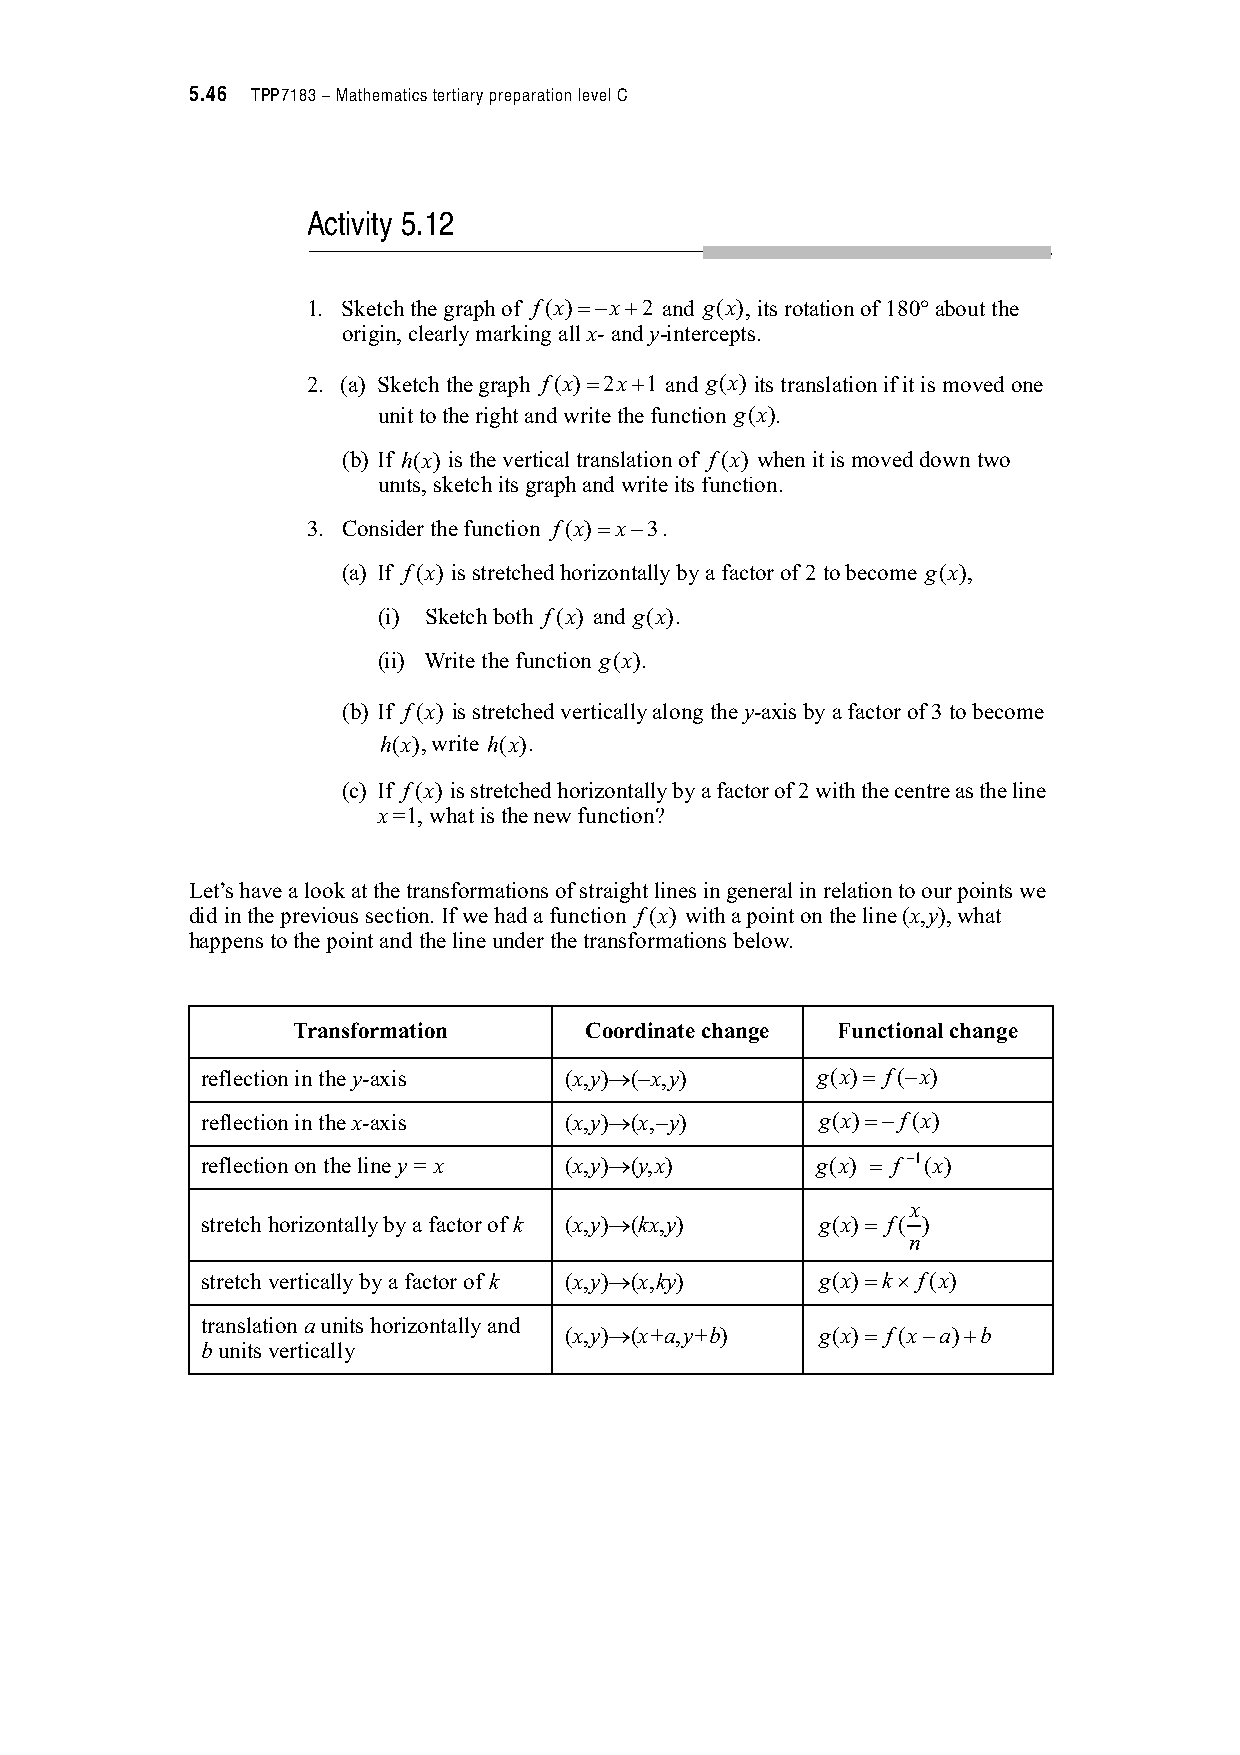
5.46 TPP7183 – Mathematics tertiary preparation level C
 Activity 5.12
 1. Sketch the graph of f(x)" x#2 and g(x), its rotation of 180!*about the
 origin, clearly marking all x- and y-intercepts.
 2. (a) Sketch the graph f(x)"2x#1 and g(x) its translation if it is moved one
 unit to the right and write the function g(x).
 (b) If h(x) is the vertical translation of f(x) when it is moved down two
 units, sketch its graph and write its function.
 3. Consider the function f(x)"x 3 .
 (a) If f(x) is stretched horizontally by a factor of 2 to become g(x),
 (i) Sketch both f(x) and g(x).
 (ii) Write the function g(x).
 (b) If f(x) is stretched vertically along the y-axis by a factor of 3 to become
 h(x), write h(x).
 (c) If f(x) is stretched horizontally by a factor of 2 with the centre as the line
 x =1, what is the new function?
 Let’s have a look at the transformations of straight lines in general in relation to our points we
 did in the previous section. If we had a function f(x) with a point on the line (x,y), what
 happens to the point and the line under the transformations below.
 Transformation      Coordinate change Functional change
 reflection in the y-axis (x,y)+( x,y)    g(x)" f( x)
 reflection in the x-axis (x,y)+(x, y)    g(x)" f(x)
 reflection on the line y = x (x,y)+(y,x) g(x) " f 1(x)
 x
 stretch horizontally by a factor of k (x,y)+(kx,y) g(x)" f( )
 n
 stretch vertically by a factor of k (x,y)+(x,ky) g(x)"k, f(x)
 translation a units horizontally and
 (x,y)+(x+a,y+b)  g(x)" f(x a)#b
 bunits vertically